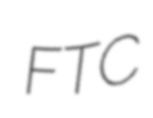
FTC